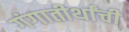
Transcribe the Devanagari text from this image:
गंगातीर्थांची